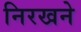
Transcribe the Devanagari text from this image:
निरखने